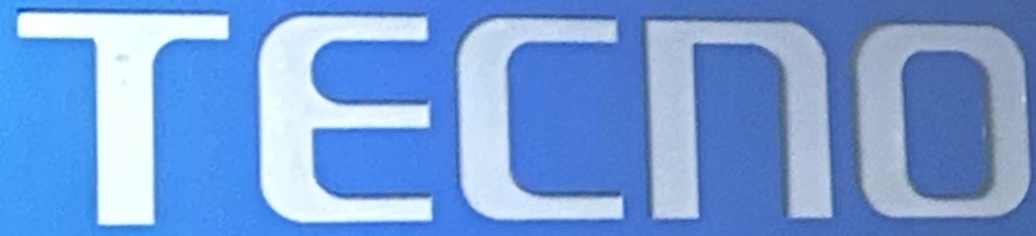
TECNO